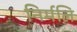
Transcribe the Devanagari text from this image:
निर्मलि